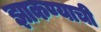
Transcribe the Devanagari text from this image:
झाकण्याची